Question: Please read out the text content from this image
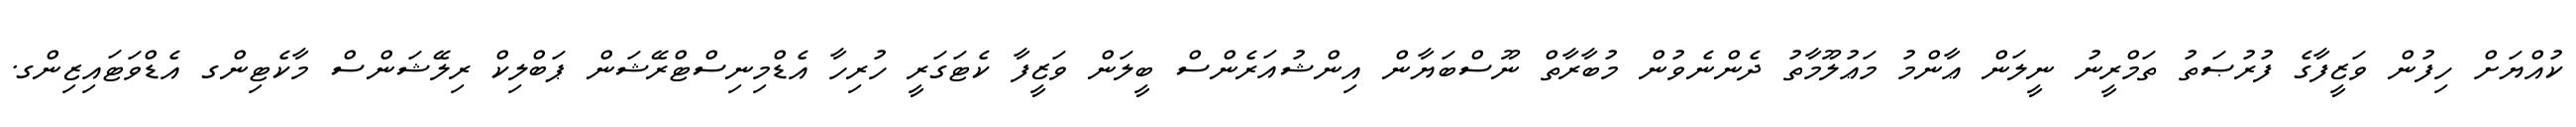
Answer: ކުއްޔަށް ހިފުން ވަޒީފާގެ ފުރުޞަތު ތަމްރީނު ނީލަން ޢާންމު މަޢުލޫމާތު ދެންނެވުން މުބާރާތް ނޫސްބަޔާން އިންޝުއަރެންސް ބީލަން ވަޒީފާ ކެޓަގަރީ ހުރިހާ އެޑްމިނިސްޓްރޭޝަން ޕަބްލިކް ރިލޭޝަންސް މާކެޓިންގ އެޑްވަޓައިޒިންގ.